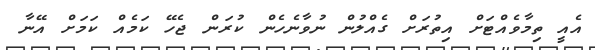
އެއީ ތިމާވެއްޓަށް އިތުރަށް ގެއްލުން ނުވާނެހެން ކުރަން ޖެހޭ ކަމެއް ކަމަށް އޭނާ